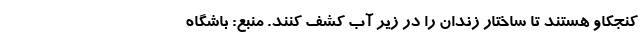
کنجکاو هستند تا ساختار زندان را در زیر آب کشف کنند. منبع: باشگاه